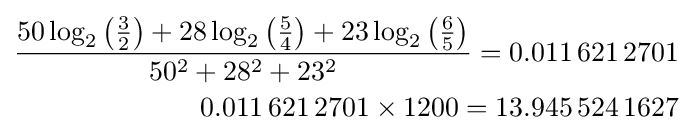
{\begin{aligned}{\frac {50\log _{2}{\left({\frac {3}{2}}\right)}+28\log _{2}{\left({\frac {5}{4}}\right)}+23\log _{2}{\left({\frac {6}{5}}\right)}}{50^{2}+28^{2}+23^{2}}}=0.011\,621\,2701\\0.011\,621\,2701\times 1200=13.945\,524\,1627\end{aligned}}